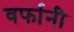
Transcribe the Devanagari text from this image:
वर्फानी